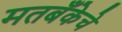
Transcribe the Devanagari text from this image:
मतबँकेचे